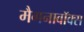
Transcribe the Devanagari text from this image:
मैगनावॉक्स